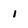
Character: 1